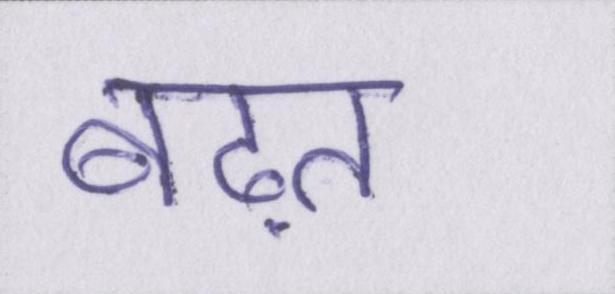
बढ़त